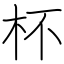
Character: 杯